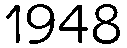
1948